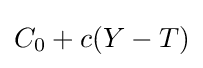
C_{0}+c(Y-T)